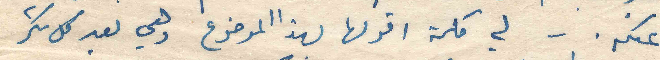
عنكم . - لي كلمة اقولها بهذا الموضوع وهي بعد كل شكر